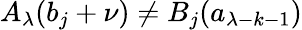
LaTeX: A_{\lambda}(b_{j}+\nu)\neq B_{j}(a_{\lambda-k-1})